Report of the Indian Hemp Drugs Commission, 1894-1895 - Volume VII
Year: 1894
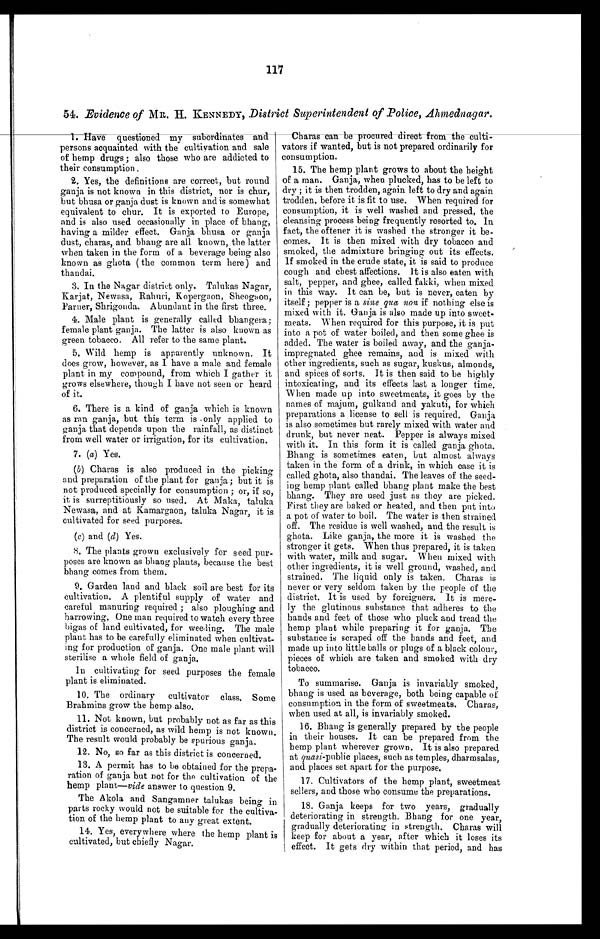
117
54. Evidence of MR. H. KENNEDY, District Superintendent of Police, Ahmednagar.
1. Have quest i oned my subor di nat es and
persons acquainted with the cultivation and sale
of hemp drugs ; also those who are addicted to
their consumption .
2. Yes, the definitions are correct, but round
ganja is not known in this district, nor is chur,
but bhusa or ganja dust is known and is somewhat
equivalent to chur. It is exported to Europe,
and is also used occasionally in place of bhang,
having a milder effect. Ganja bhusa or ganja
dust, charas, and bhang are all known, the latter
when taken in the form of a beverage being also
known as ghota ( the common term here) and
thandai.
3. In the Nagar district only. Talukas Nagar,
Karjat, Newasa, Rahuri, Kopergaon, Sheogaon,
Parner, Shrigonda. Abundant in the first three.
4. Male plant is generally called bhangera;
female plant ganja. The latter is also known as
green tobacco. All refer to the same plant.
5. Wild hemp is apparently unknown. It
does grow, however, as I have a male and female
plant in my compound, from which I gather it
grows elsewhere, though I have not seen or heard
of it.
6. There is a kind of ganja which is known
as ran ganja, but this term is only applied to
ganja that depends upon the rainfall, as distinct
from well water or irrigation, for its cultivation.
7. (a) Yes.
(b) Charas is also produced in the picking
and preparation of the plant for ganja ; but it is
not produced specially for consumption ; or, if so,
it is surreptitiously so used. At Maka, taluka
Newasa, and at Kamargaon, taluka Nagar, it is
cultivated for seed purposes.
(c) and ( d ) Yes.
8. The plants grown exclusively for seed pur-
poses are known as bhang plants, because the best
bhang comes from them.
9. Garden land and black soil are best for its
cultivation. A plentiful supply of water and
careful manuring required ; also ploughing and
harrowing. One man required to watch every three
bigas of land cultivated, for weeding. The male
plant has to be carefully eliminated when cultivat
- i n g f o r p r o d u c t i o n o f g a n j a . O n e m a l e p l a n t w i l l
sterilise a whole field of ganja.
In cultivating for seed purposes the female
plant is eliminated.
10. The ordinary cultivator class. Some
Brahmins grow the hemp also.
11. Not known, but probably not as far as this
district is concerned, as wild hemp is not known.
The result would probably be spurious ganja.
12. No, so far as this district is concerned.
13. A permit has to be obtained for the prepa
- r a t i o n o f g a n j a b u t n o t f o r t h e c u l t i v a t i o n o f t h e
hemp plant— vide answer to question 9.
The Akola and Sangamner talukas
b e i n g i n p a r t s r o c k y w o u l d n o t b e s u i t a b l e f o r t h e c u l t i v a -
tion of the hemp plant to any great extent.
14. Yes, everywhere where the hemp plant is
cultivated, but chiefly Nagar.
Charas can be procured direct from the culti-
vators if wanted, but is not prepared ordinarily for
consumption.
15. The hemp plant grows to about the height
of a man. Ganja, when plucked, has to be left to
dry ; it is then trodden, again left to dry and again
trodden, before it is fit to use. When required for
consumption, it is well washed and pressed, the
cleansing process being frequently resorted to. In
fact, the oftener it is washed the stronger it be-
comes. It is then mixed with dry tobacco and
smoked, the admixture bringing out its effects.
If smoked in the crude state, it is said to produce
cough and chest affections. It is also eaten with
salt, pepper, and ghee, called fakki, when mixed
in this way. It can be, but is never, eaten by
itself ; pepper is a sine qua non if nothing else is
mixed with it. Ganja is also made up into sweet-
meats. When required for this purpose, it is put
into a pot of water boiled, and then some ghee is
added. The water is boiled away, and the ganja-
impregnated ghee remains, and is mixed with
other ingredients, such as sugar, kuskus, almonds,
and spices of sorts. It is then said to be highly
intoxicating, and its effects last a longer time.
When made up into sweetmeats, it goes by the
names of majum, gulkand and yakuti, for which
preparations a license to sell is required. Ganja
is also sometimes but rarely mixed with water and
drunk, but never neat. Pepper is always mixed
with it. In this form it is called ganja ghota.
Bhang is sometimes eaten, but almost always
taken in the form of a drink, in which case it is
called ghota, also thandai. The leaves of the seed-
ing hemp plant called bhang plant make the best
bhang. They are used just as they are picked.
First they are baked or heated, and then put into
a pot of water to boil. The water is then strained
off. The residue is well washed, and the result is
ghota. Like ganja, the more it is washed the
stronger it gets. When thus prepared, it is taken
with water, milk and sugar. When mixed with
other ingredients, it is well ground, washed, and
strained. The liquid only is taken. Charas is
never or very seldom taken by the people of the
district. It is used by foreigners. It is mere
-ly the glutinous substance that adheres to the
hands and feet of those who pluck and tread the
hemp plant while preparing it for ganja. The
substance is scraped off the hands and feet, and
made up into little balls or plugs of a black colour,
pieces of which are taken and smoked with dry
tobacco.
To summarise. Ganja is invariably smoked,
bhang is used as beverage, both being capable of
consumption in the form of sweetmeats. Charas,
when used at all, is invariably smoked.
16. Bhang is generally prepared by the people
in their houses. It can be prepared from the
hemp plant wherever grown. It is also prepared
at, q u a s i
- p u b l i c p l a c e s , s u c h a s t e m p l e s , d h a r m s a l a s ,
and. places set apart for the purpose.
17. Cultivators of the hemp plant, sweetmeat
sellers, and those who consume the preparations.
18. Ganja keeps for two years, gradually
deteriorating in strength. Bhang for one year,
gradually deteriorating in strength. Charas will
keep for about a year, after which it loses its
effect. It gets dry within that period, and has